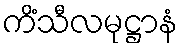
ကိံသီလမုဋ္ဌာနံ